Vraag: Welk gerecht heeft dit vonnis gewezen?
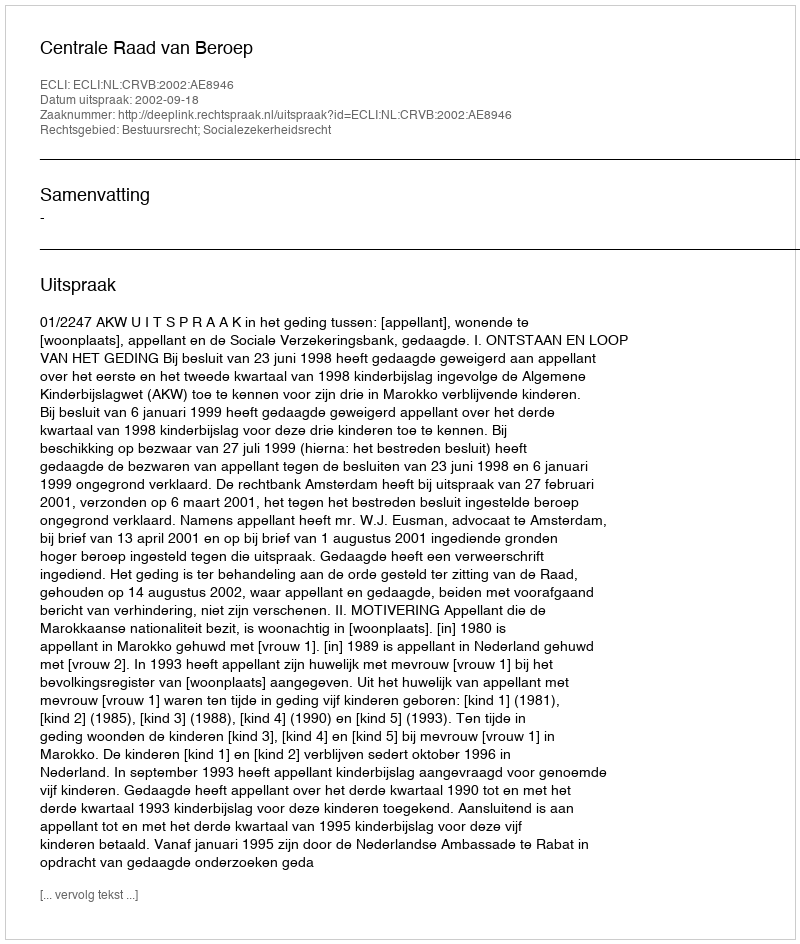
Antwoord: Centrale Raad van Beroep